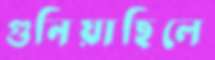
গুনিয়াছিলে